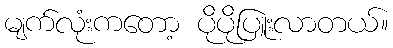
မျက်လုံးကတော့ ပိုပိုပြူးလာတယ်။